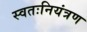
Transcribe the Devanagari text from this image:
स्वतःनियंत्रण